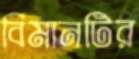
বিমানটির